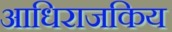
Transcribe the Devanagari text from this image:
आधिराजकिय